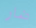
ضار